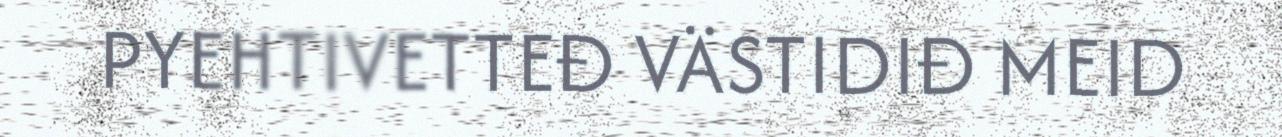
PYEHTIVETTEĐ VÄSTIDIĐ MEID